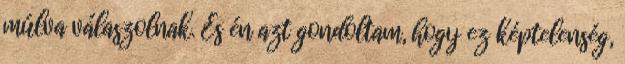
múlva válaszolnak. És én azt gondoltam, hogy ez képtelenség,